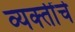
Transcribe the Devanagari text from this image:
व्‍यक्‍तींचे